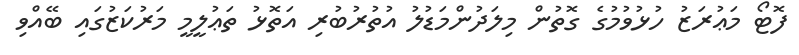
ފޮޓޯ މަޢުރަޒު ހުޅުވުމުގެ ގޮތުން މިލަދުންމަޑުލު އުތުރުބުރި އަތޮޅު ތަޢުލީމީ މަރުކަޒުގައި ބޭއްވި